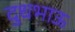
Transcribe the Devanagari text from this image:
दुधभाऊ